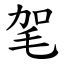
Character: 毠